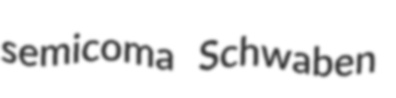
semicoma Schwaben